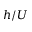
h / U